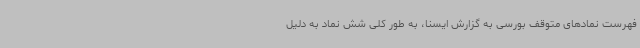
فهرست نمادهای متوقف بورسی به گزارش ایسنا، به طور کلی شش نماد به دلیل